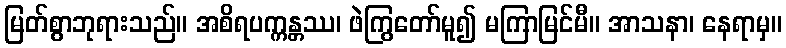
မြတ်စွာဘုရားသည်။ အစိရပက္ကန္တဿ၊ ဖဲကြွတော်မူ၍ မကြာမြင်မီ။ အာသနာ၊ နေရာမှ။